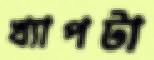
খ্যাপটা